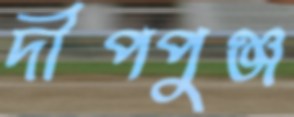
দীপপুঞ্জ